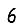
Digit: 6